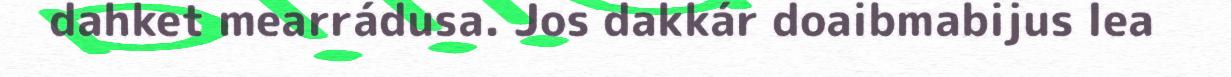
dahket mearrádusa. Jos dakkár doaibmabijus lea